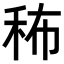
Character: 𥞎